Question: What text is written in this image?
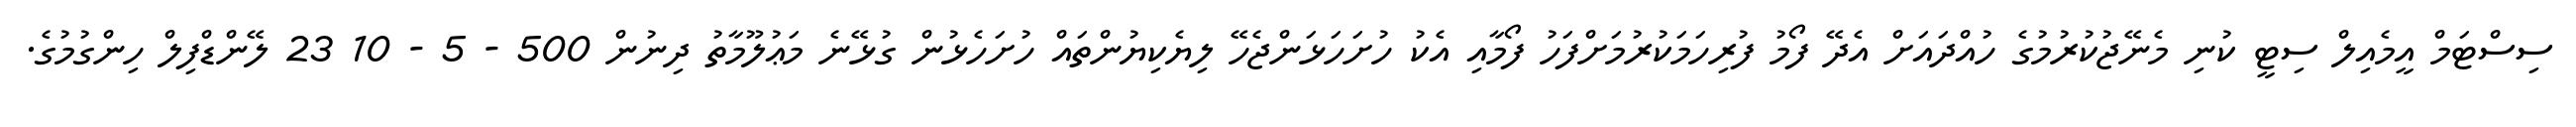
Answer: ސިސްޓަމް އީމެއިލް ސިޓީ ކުނި މެނޭޖުކުރުމުގެ ހުއްދައަށް އެދޭ ފޯމު ފުރިހަމަކުރުމަށްފަހު ފޯމާއި އެކު ހުށަހަޅަންޖެހޭ ލިޔެކިޔުންތައް ހުށަހެޅުން ގުޅޭނެ މަޢުލޫމާތު ދިނުން 500 - 5 - 10 23 ލޭންޑްފިލް ހިންގުމުގެ.